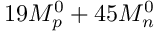
1 9 M _ { p } ^ { 0 } + 4 5 M _ { n } ^ { 0 }